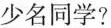
少名同学?